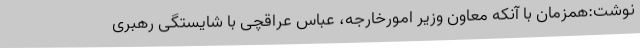
نوشت:همزمان با آنکه معاون وزیر امورخارجه، عباس عراقچی با شایستگی رهبری